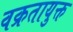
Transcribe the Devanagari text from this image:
वक्रतायुक्त